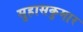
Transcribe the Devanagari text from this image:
सुहासकुमार